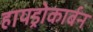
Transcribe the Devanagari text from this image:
हायड्रोकार्बन